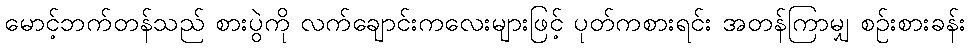
မောင့်ဘက်တန်သည် စားပွဲကို လက်ချောင်းကလေးများဖြင့် ပုတ်ကစားရင်း အတန်ကြာမျှ စဉ်းစားခန်း